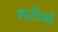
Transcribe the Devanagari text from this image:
शरीफों